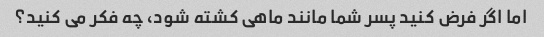
اما اگر فرض کنید پسر شما مانند ماهی کشته شود، چه فکر می کنید؟